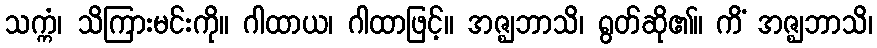
သက္ကံ၊ သိကြားမင်းကို။ ဂါထာယ၊ ဂါထာဖြင့်။ အဇ္ဈဘာသိ၊ ရွတ်ဆို၏။ ကိံ အဇ္ဈဘာသိ၊